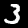
Label: 3